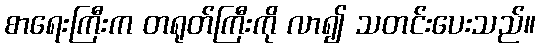
စာရေးကြီးက တရုတ်ကြီးကို လာ၍ သတင်းပေးသည်။